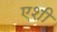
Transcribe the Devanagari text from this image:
एशी